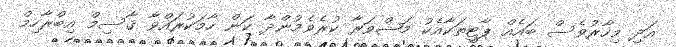
އަދި މިހާރުވެސް ބައެއް ޕާޓީތަކާއެކު މަޝްވަރާ ކުރެވެމުންދާ ކަން ހާމަކުރައްވާ ޤާސިމް އިބްރާހިމް